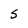
Character: s